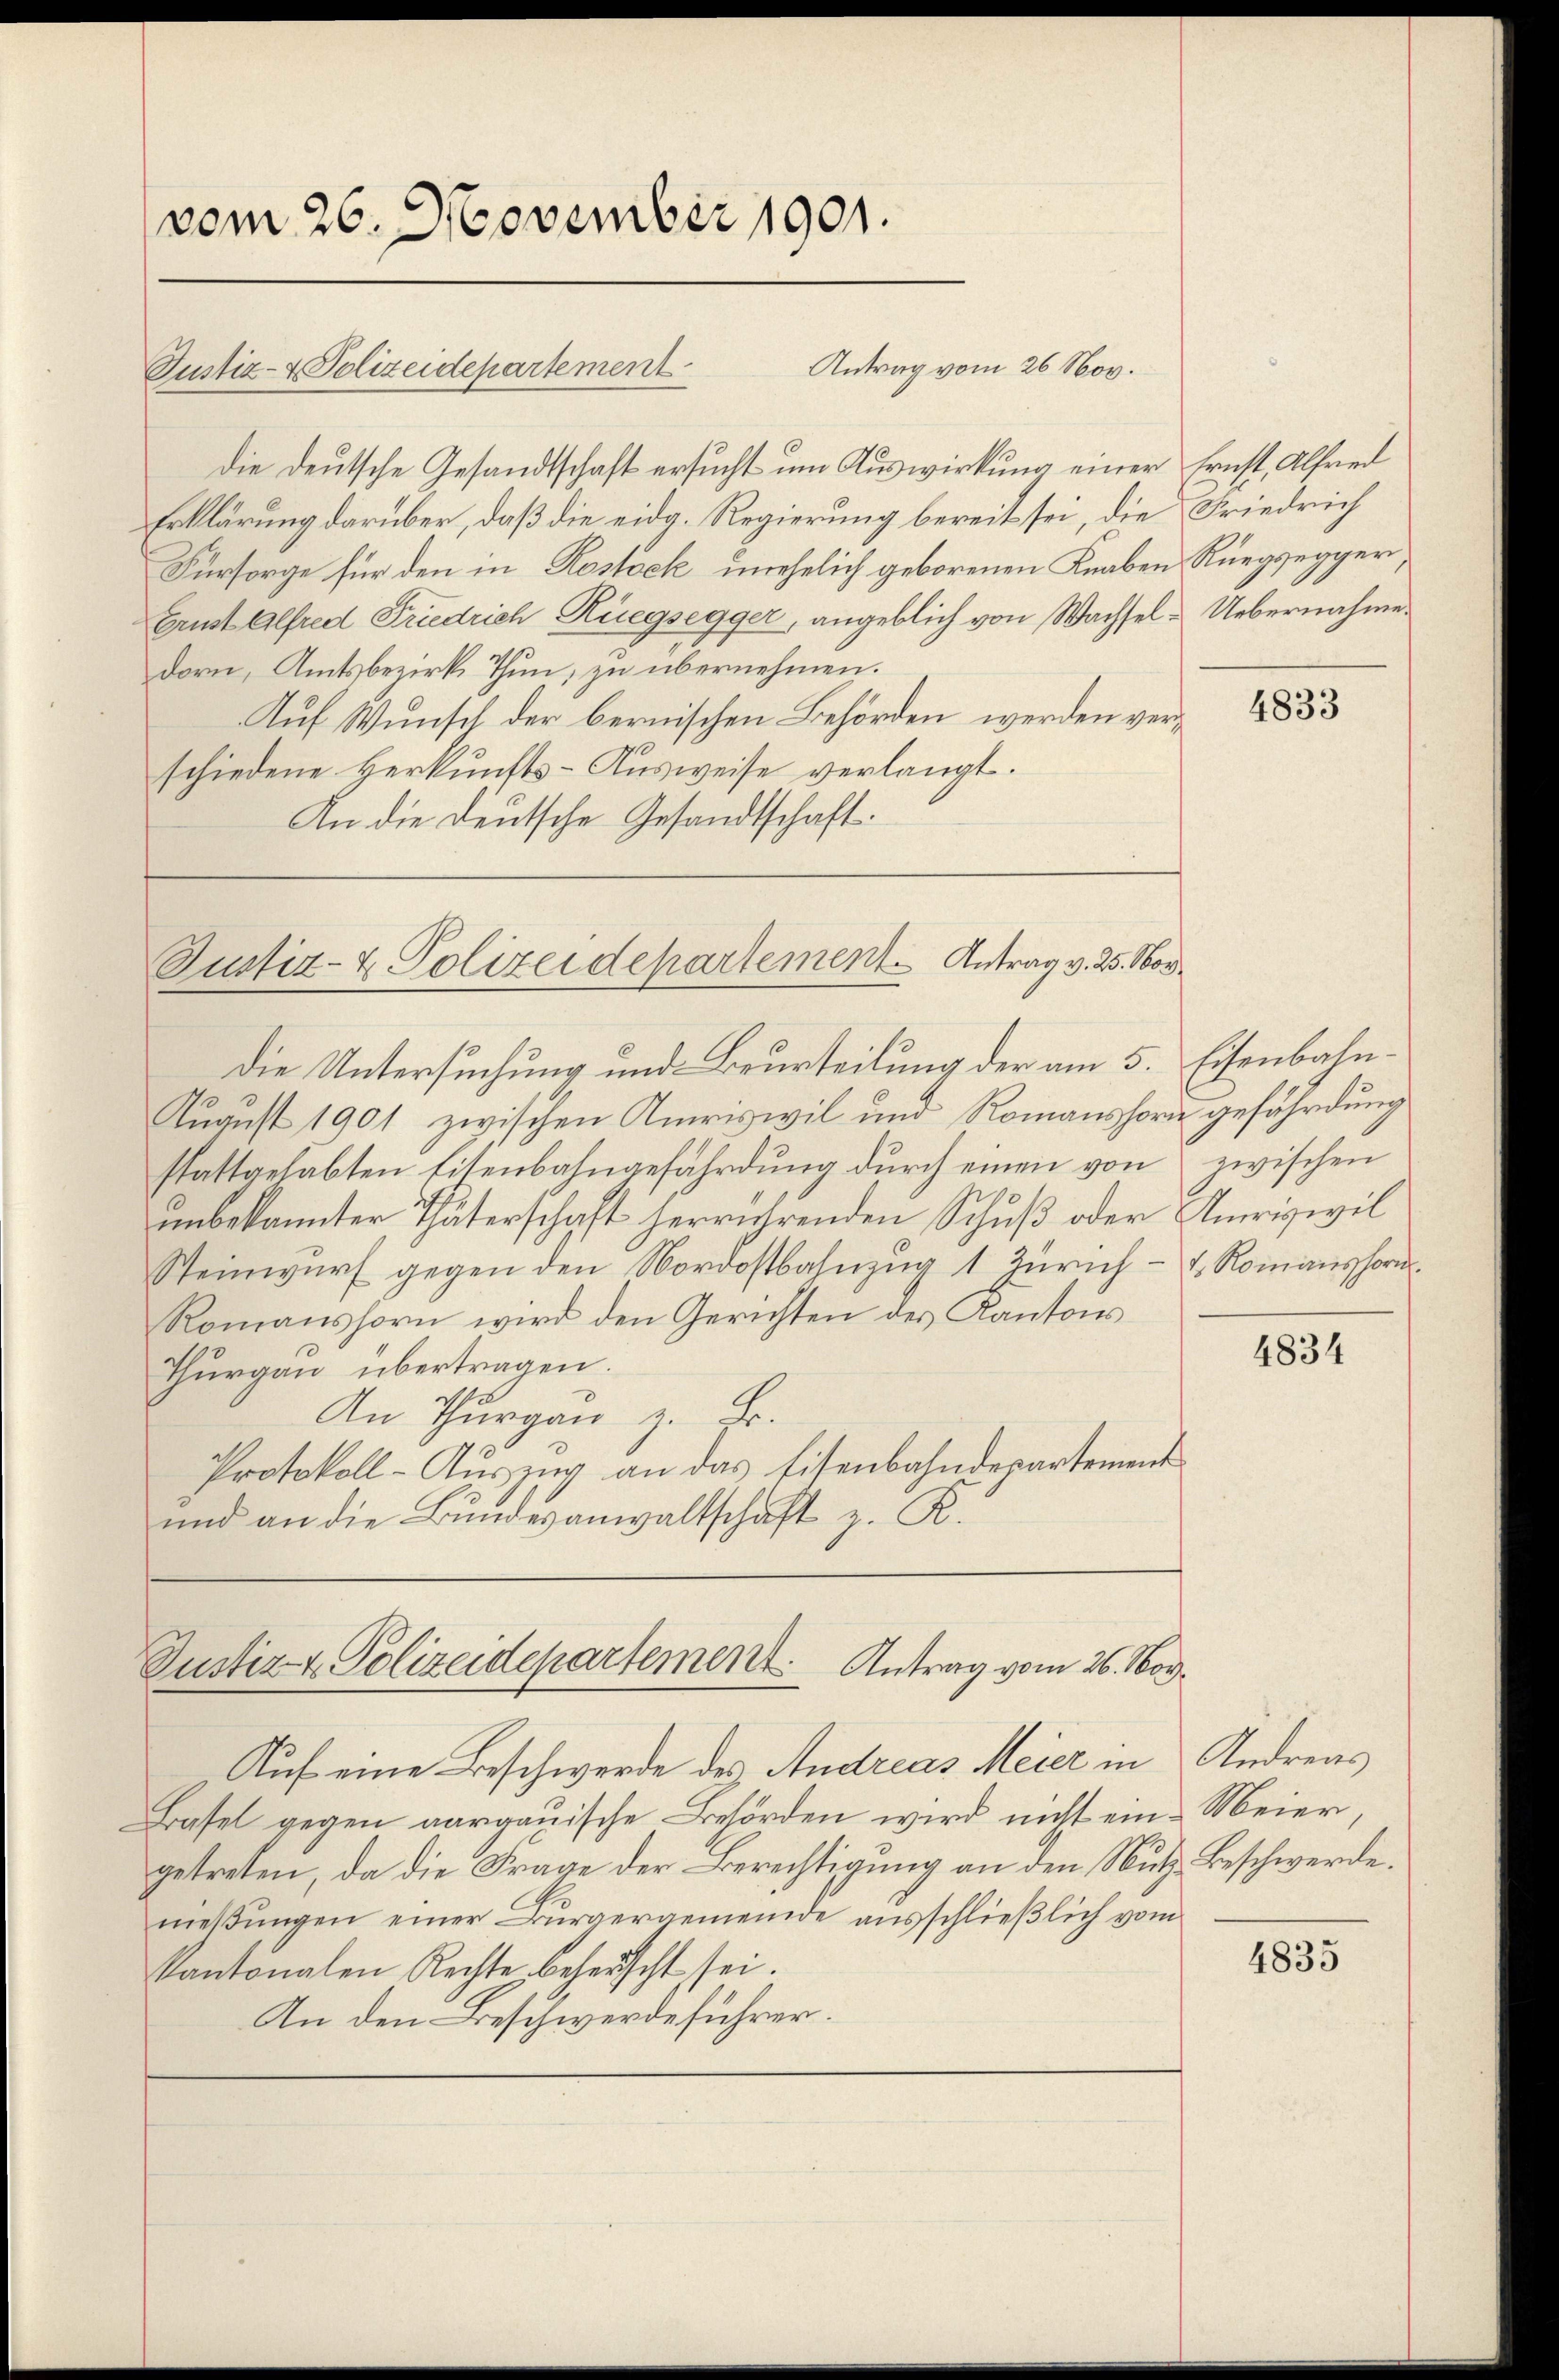
vom 26. November 1901.

Justiz- & Polizeidepartement

Die deutsche Gesandtschaft ersucht um Auswirkung einer Ernst, Alfred
Erklärung darüber, daß die eidg. Regierung bereit sei, die Friedrich
Fürsorge für den in Kostock, unehelich geborenen Knaben Rüegsegger
Ernst Alfred Friedrich Rüegsegger, angeblich von Wachsel - Uebernahme.
dorn, Amtsbezirks Thun, zu übernehmen.
Auf Wunsch der bernischen Behörden werden verschiedene Herkunfts-Ausweise verlangt.
An die Deutsche Gesandtschaft.

Die Untersuchung und Beurteilung der am 5. Eisenbahn¬
August 1901 zwischen Amriswil und Romanshorn gefährdung
stattgehabten Eisenbahngefährdung durch einen von
unbekannter Thäterschaft herrührenden Schuß oder Amriswil
Steinwurf gegen den Nordostbahnzug 1 Zürich - u. Romanshorn.
Romanshorn wird den Gerichten des Kantons
Thurgau übertragen.
An Thurgau z. B.
Protokoll-Auszug an das Eisenbahndepartement
und an die Bundesanwaltschaft z. R.

Antrag vom 26. Nov.

Justiz- & Polizeidepartement. Antrag v. 25. Nor

Justiz- & Polizeidepartement. Antrag vom 26. Nov.

Auf eine Beschwerde des Andreas Meier in
Basel gegen aargauische Behörden wird nicht ein Meier,
getreten, da die Frage der Berechtigung an den Nutz Beschwerde.
meβŭngen einer Bürgergemeinde ausschließlich vom
kantonalen Rechte beheucht sei.
An den Beschwerdeführer.

4833

zwischen

4834

Andreas

4835